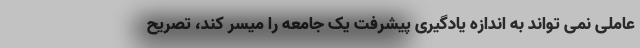
عاملی نمی تواند به اندازه یادگیری پیشرفت یک جامعه را میسر کند، تصریح